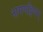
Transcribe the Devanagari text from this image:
नागप्पट्टिणम्